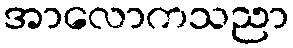
အာလောကသညာ